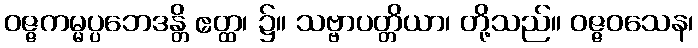
ဝဇ္ဇကမ္မပ္ပဘေဒန္တိ ဧတ္ထ၊ ၌။ သဗ္ဗာပတ္တိယာ၊ တို့သည်။ ဝဇ္ဇဝသေန၊